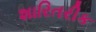
શારિતરીક